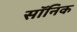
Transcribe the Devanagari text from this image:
सॉनिक